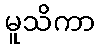
မူသိကာ